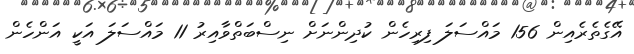
އޭގެތެރެއިން 156 މައްސަލަ ފިރިހެން ކުދިންނަށް ނިސްބަތްވާއިރު 11 މައްސަލަ އަކީ އަންހެން